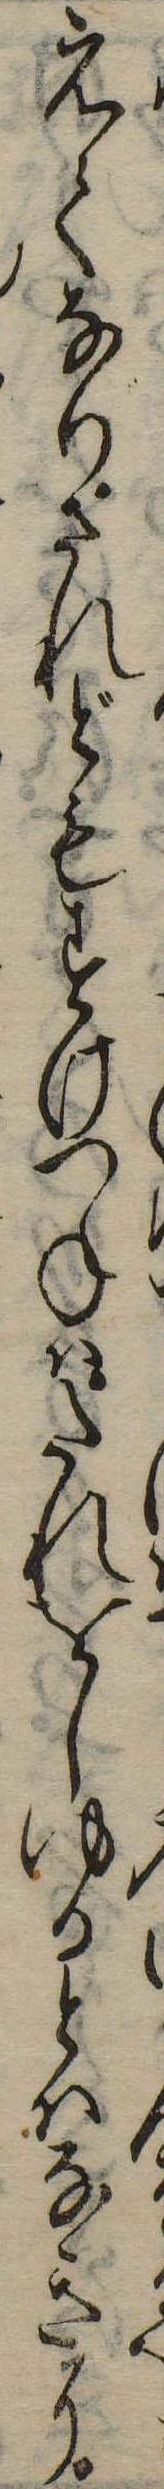
えてなりされどもすけつねはたれをしゆるとはなきに